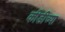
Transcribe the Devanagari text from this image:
कीडीच्या